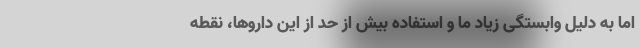
اما به دلیل وابستگی زیاد ما و استفاده بیش از حد از این داروها، نقطه